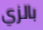
بالزي